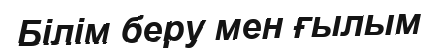
Білім беру мен ғылым